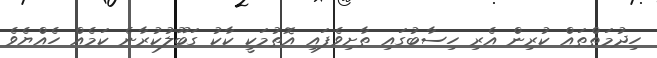
ހިދުމަތްތައް ކުރިން އެރި ހިސާބުގައި ތާށިވެފައި އޮތުމަކީ ކާކު ގަބޫލުކުރާނެ ކަމެއް ހެއްޔެވެ